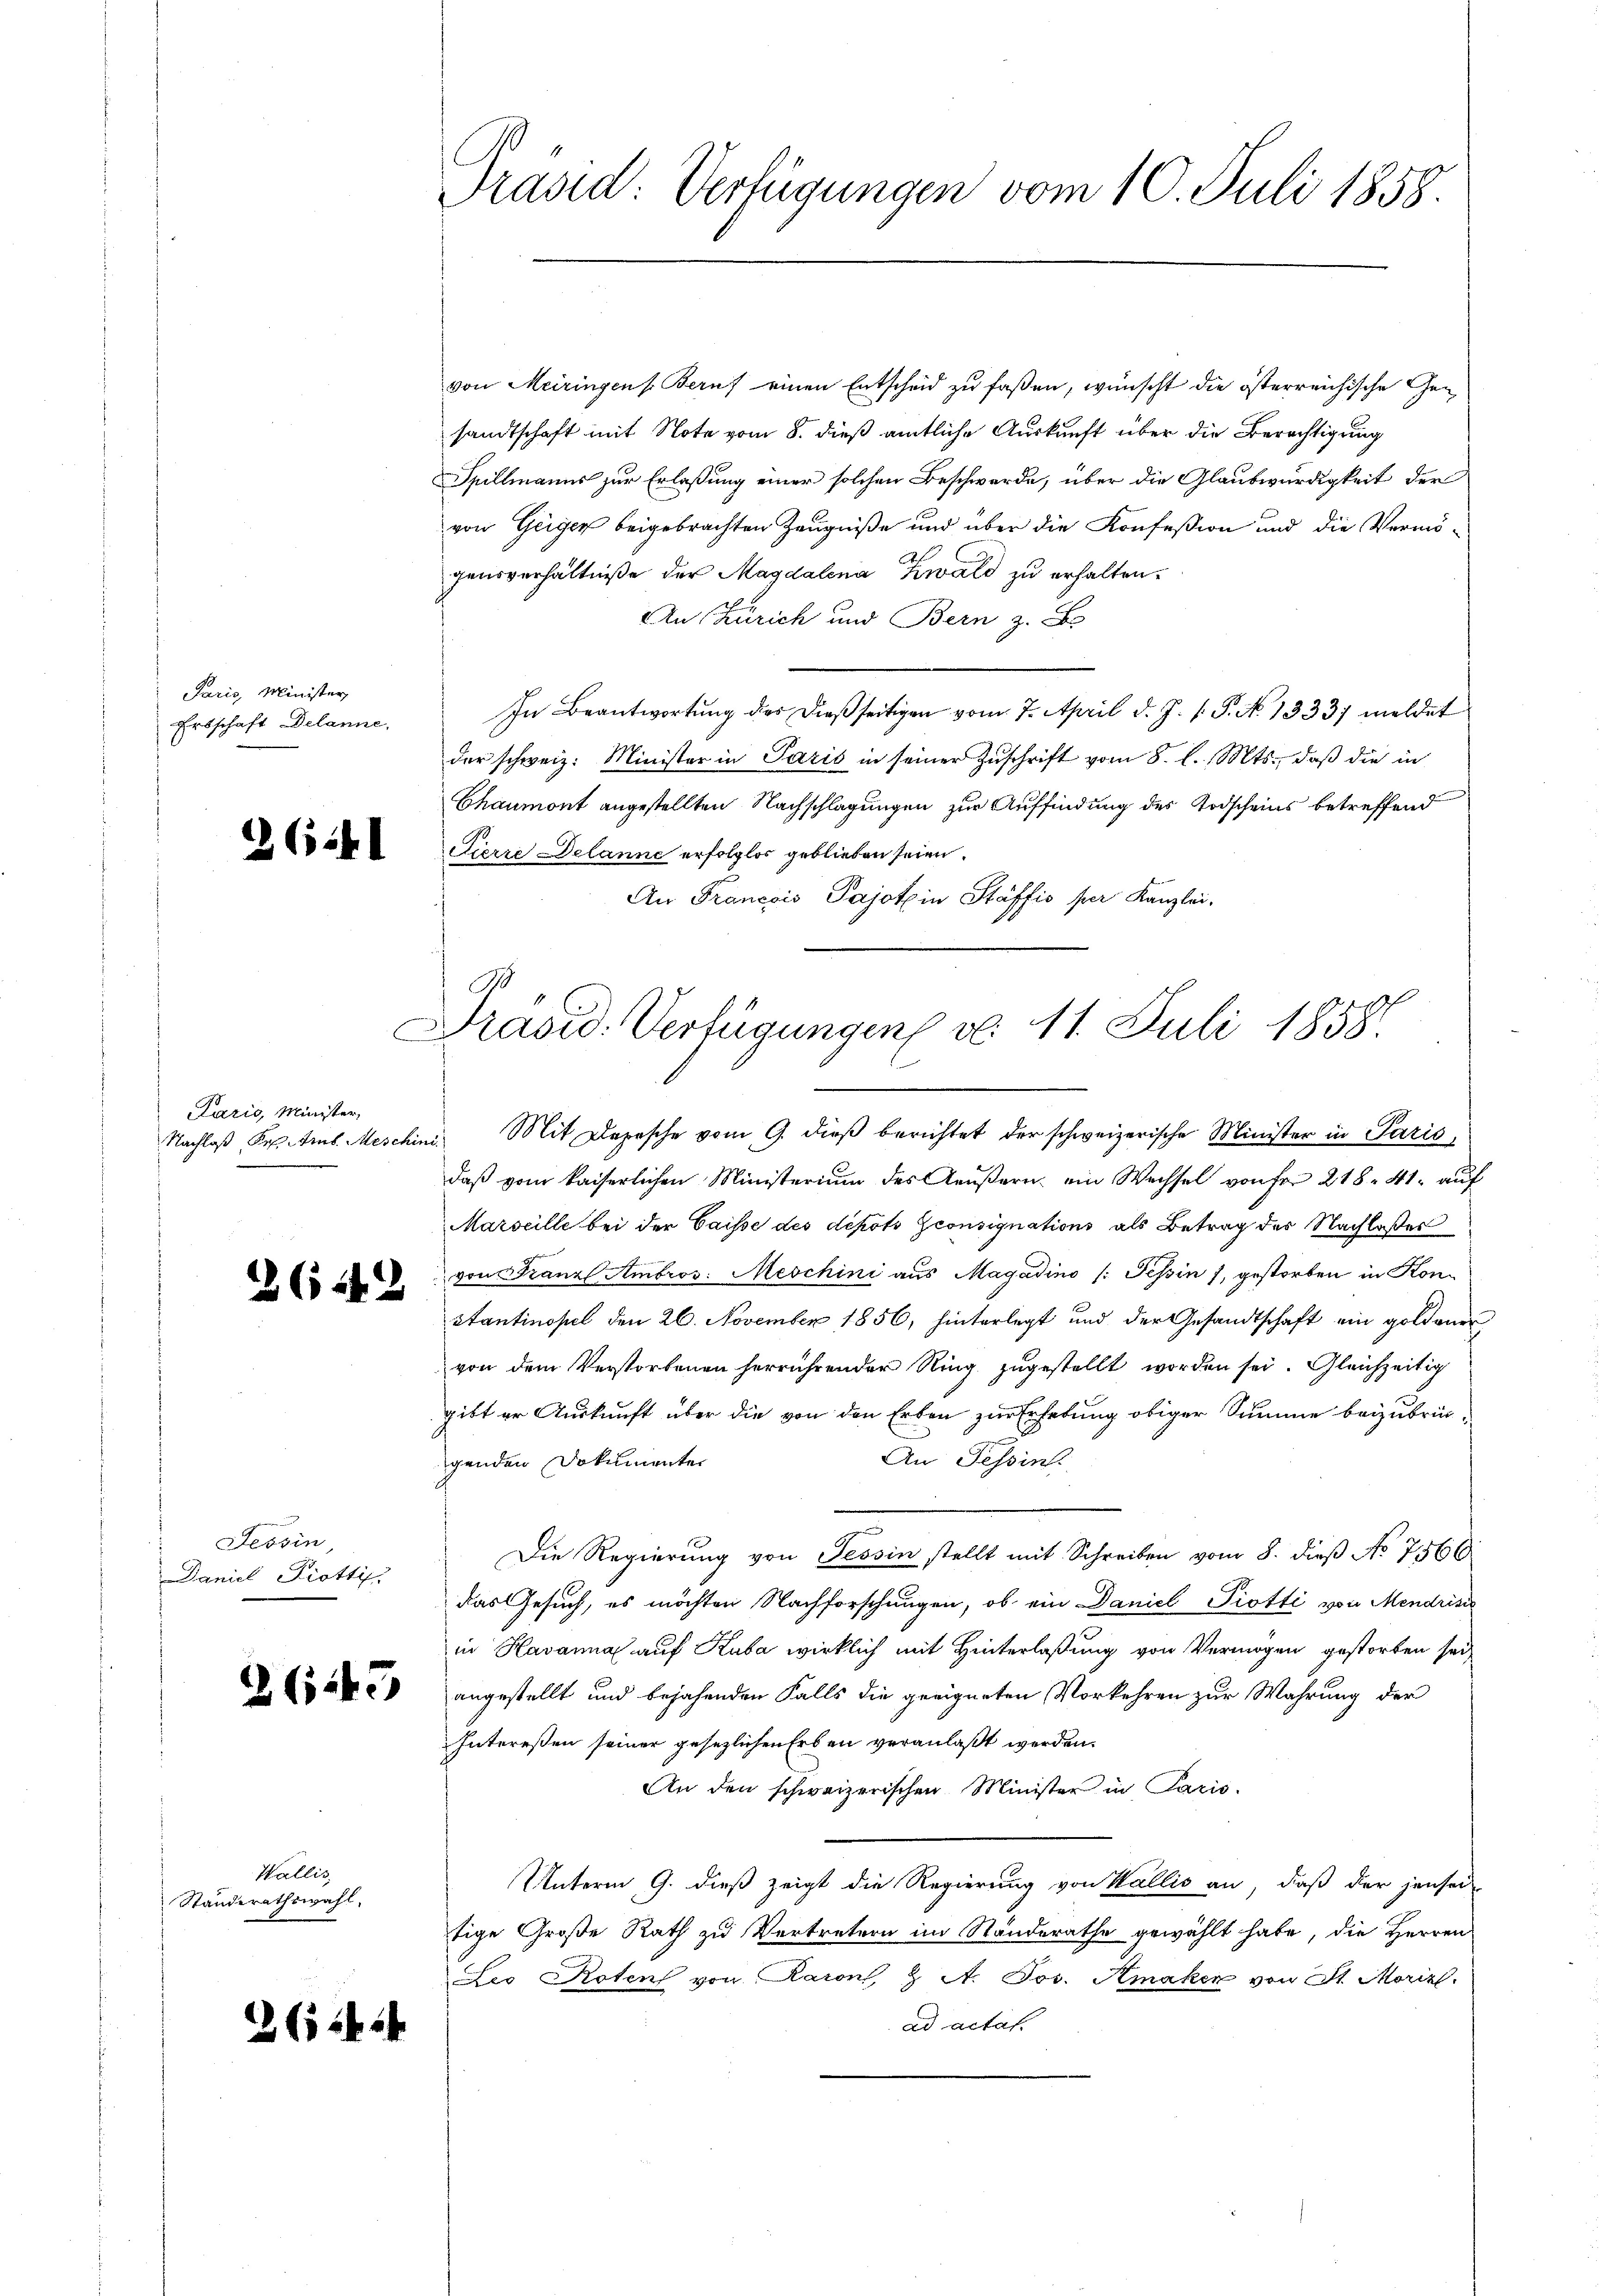
Paris, Minister,
Ersschaft Delanne,

2641

Lazić, Minister,
Nachlaß Pr. Amb. Meschin

Tessin,
Daniel Piotti

Wallis,
Standerathswahl,

2642

645

264

Präsid: Verfügungen vom 10. Juli 1858.

Präsid. Verfügungen d. 11. Juli 1858.
.

von Meiringen Beruf einen Entscheid zu faßen, wünscht die österreichische Gesandtschaft mit Note vom 8. dieß amtliche Auskunft über die Berechtigung
Spillmanns zur Erlaßung einer solchen Beschwerde, über die Glaubwürdigkeit der
von Geiger beigebrachten Zeugniße und über die Konfeßion und die Vermögensverhältniße der Magdalena Kwald zu erhalten.
An Zürich und Bern z. B
In Beantwortŭng des dieβ seitigen vom 7. April d. J. P. P. N. 1333) meldet
der schweiz. Minister in Paris in seiner Zuschrift vom 8. l. Mts., daß die in
Chaumont angestellten Nachschlagungen zur Auffindung des Todscheins betreffend
Fierze Delanne erfolglos geblieben seien.
An Francois Pajotin Stäffis per Kanzlei,
Mit Depesche vom 9. dieß berichtet der schweizerische Minister in Paris,
daβ vom kaiserlichen Ministerium des Aeŭβern ein Wechsel von fr. 218. 41. aŭf
Marseille bei der Gaisse des depots consignations als Betrag der Nachlaßes
von Franz Ambros: Meschini aus Magadino (: Tessin 7, gestorben in Kon-
stantinopel den 26. November 1856, hinterlegt und der Gesandtschaft ein goldenen
von dem Verstorbenen herrührender Ring zugestellt worden sei. Gleichzeitig
gibt er Auskunft über die von den Erben zur Erhebung obiger Summe beizubrin-
An Tessin.
genden Dokumenter
Die Regierung von Tessin stellt mit Schreiben vom 8. dieß No 7566
das Gesuch, es möchten Nachforschungen, ob ein Daniel Piotti von Mendrisir
in Havanna auf Kuba wirklich mit Hinterlaßung von Vermögen gestorben sei,
angestellt und bejahenden Falls die geeigneten Vorkehren zur Wahrung der
Interessen seiner gesezlichen Erben veranlaßt werden.
An den schweizerischen Minister in Paris.
Unterm 9. dieß zeigt die Regierung von Wallis an, daß der jensei
tige Große Rath zu Vertretern im Standerathe gewählt habe, die Herren
Leo Roten von Raron, & A. Jos. Amaken von St. Morizl.
ad actas